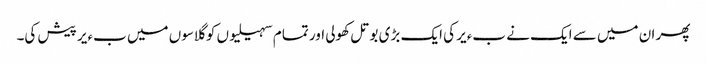
پھر ان میں سے ایک نے بءیر کی ایک بڑی بوتل کھولی اور تمام سہیلیوں کو گلاسوں میں بءیر پیش کی۔